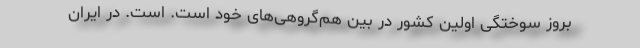
بروز سوختگی اولین کشور در بین هم‌گروهی‌های خود است. است. در ایران